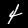
Digit: 4